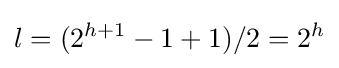
l=(2^{h+1}-1+1)/2=2^{h}